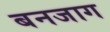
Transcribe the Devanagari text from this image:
बनजाग